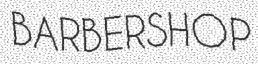
BARBERSHOP